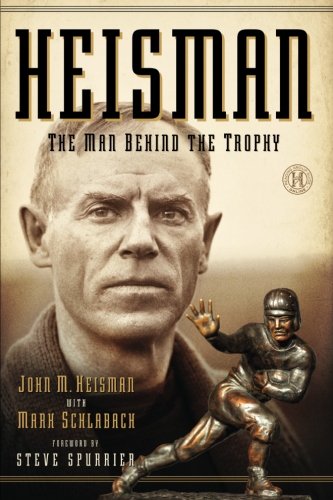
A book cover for Heisman: The Man Behind the Trophy; John M Heisman; Sports & Outdoors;